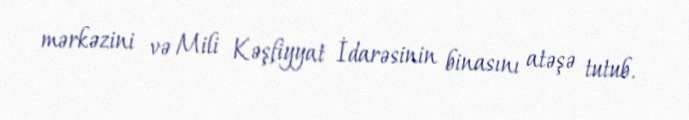
mərkəzini və Mili Kəşfiyyat İdarəsinin binasını atəşə tutub.